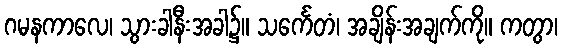
ဂမနကာလေ၊ သွားခါနီးအခါ၌။ သင်္ကေတံ၊ အချိန်းအချက်ကို။ ကတွာ၊